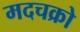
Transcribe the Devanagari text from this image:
मदचक्रो